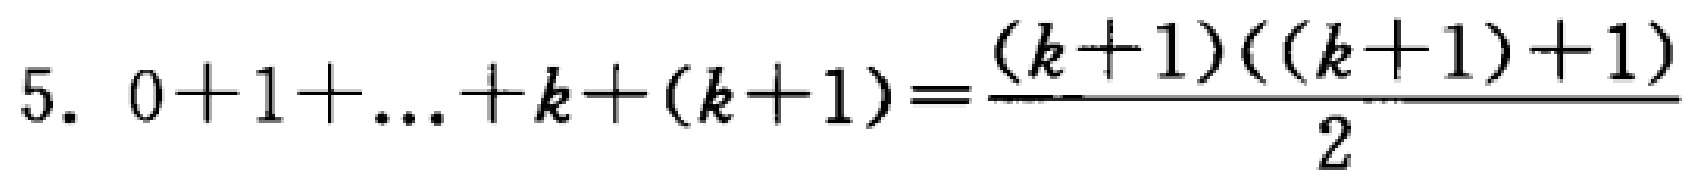
5. \(0 + 1+\ldots + k+(k + 1)=\frac{(k + 1)((k + 1)+1)}{2}\)